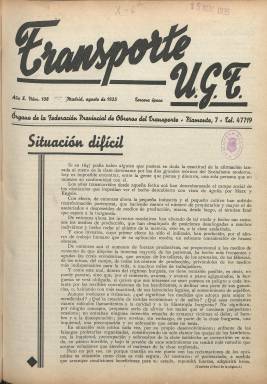
Título: Transporte U.G.T.
Otros títulos: Transporte || Transporte UGT
Colección: Prensa sindical || Periódicos
Ámbito geográfico: Madrid
Lugar de publicación: Madrid
Fechas: 01/08/1935-31/05/1936

Continúa la secuencia del título Transporte, que había estado publicándose desde enero de 1926 a julio de 1935, al que se le añade ahora el acrónimo de la Unión General de Trabajadores. Sigue siendo editado por la Federación Provincial de Obreros del Transporte de Madrid, en entregas de ocho páginas, compuestas a una o dos columnas y estampadas en la imprenta Gráfica Socialista, y con periodicidad mensual. La redacción y administración de la revista sigue estando en la Casa del Pueblo de la madrileña calle de Piamonte. Su primera entrega con este nuevo título corresponde a agosto de 1935, con la secuencia tercera época, décimo año de edición y número 108. Además de informar sobre este sindicato y las luchas del movimiento obrero, publica información sobre el Congreso Internacional de Obreros del Transporte, celebrado en Copenhague en esas fechas, o textos de Pablo Iglesias, Carlos Hernández o Irene Falcón. También crónicas de actualidad obrera, política y municipal madrileña, firmadas por A. de la Puebla o bajo el seudónimo Sil. Va ilustrado con chistes gráficos, algunos del dibujante Rivas, que firma con su inicial R, al igual que ya lo hiciera en el anterior título, y con fotograbados de actualidad, firmados por el fotógrafo Díaz Casariego.

 Se trata de una publicación fuertemente politizada y combativa ante los acontecimientos históricos que se están produciendo, especialmente las luchas obreras y su represión gubernamental, las elecciones de febrero de 1936 y la formación del gobierno del Frente Popular. Su última entrega en la colección de la Biblioteca Nacional de España corresponde al mes de mayo de 1936 (número 117), siendo una entrega especial, como ya lo eran las de la anterior revista que conmemoran el día internacional del trabajo. En este caso, aumenta a doce páginas este último número, estampado en papel cuché y con la inserción de numerosos fotograbados, como son los que ocupan sus cubiertas, unas composiciones fotográficas con los retratos del líder de la UGT, Francisco Largo Caballero (1869-1946), y el fundador del sindicato y del Partido Socialista Obrero Español, Pablo Iglesias (1850-1925). Por su parte, la Federación Nacional del Transporte de la UGT también editará, entre 1932 y 1936, otra revista con el título Fuerza, que así mismo forma parte de los fondos hemerográficos de la Biblioteca Nacional de España.